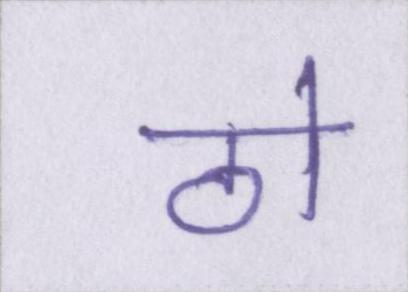
ठो